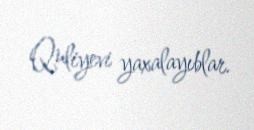
Quliyevi yaxalayıblar.